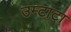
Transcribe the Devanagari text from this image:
उम्टाटा